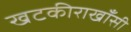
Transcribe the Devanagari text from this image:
खटकीराखाँसी